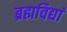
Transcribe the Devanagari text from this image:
ब्रह्मविद्यां